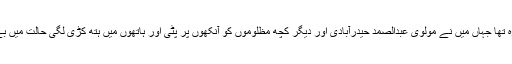
وہاں ایک ہال نما کمرہ تھا جہاں مَیں نے مولوی عبدالصمد حیدرآبادی اور دیگر کچھ مظلوموں کو آنکھوں پر پٹی اور ہاتھوں میں ہتھ کڑی لگی حالت میں بے بس و مجبور دیکھا۔